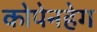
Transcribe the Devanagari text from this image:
कोपेनहेग